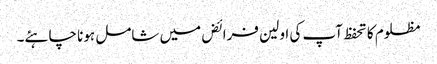
مظلوم کا تحفظ آپ کی اولین فرائض میں شامل ہونا چاہئے۔